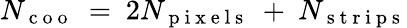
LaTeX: N_{\mathrm{~c~o~o~}}~=~2N_{\mathrm{~p~i~x~e~l~s~}}~+~N_{\mathrm{~s~t~r~i~p~s~}}